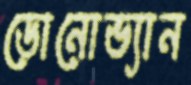
ডোনোভ্যান